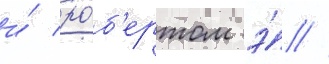
и́ ро́б'ертом э́ //